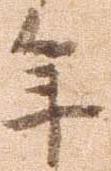
年